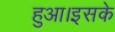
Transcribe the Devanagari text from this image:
हुआ।इसके